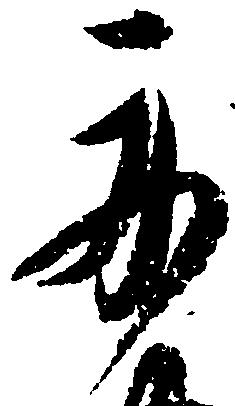
舟